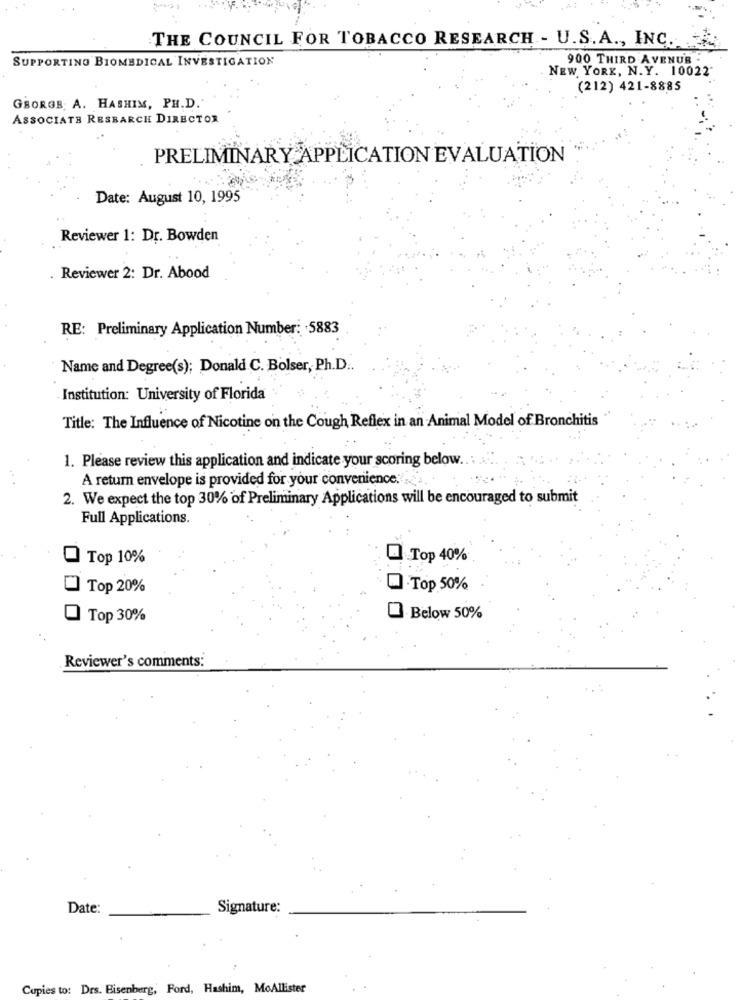
THE COUNCIL FOR TOBACCO RESEARCH - U.S. A ., INC ...
SUPPORTING BIOMEDICAL INVESTIGATION
900 THIRD AVENUR -
NEW YORK, N. Y. 10022"
(212) 421-8885
GBORGS A. HASHIM, PH.D."
ASSOCIATE RESEARCH DIRECTOR
PRELIMINARY APPLICATION EVALUATION
Date: August 10, 1995
Reviewer 1: Dr. Bowden
. Reviewer 2: Dr. Abood
RE: Preliminary Application Number: 5883
Name and Degree(s); Donald C. Bolser, Ph.D.
Institution: University of Florida
Title: The Influence of Nicotine on the Cough Reflex in an Animal Model of Bronchitis
1. Please review this application and indicate your scoring below ... ..... ..
A return envelope is provided for your convenience. ..
2. We expect the top 30% of Preliminary Applications will be encouraged to submit
Full Applications.
Top 10%
Top 40%
Top 20%
Top 50%
Top 30%
Below 50%
Reviewer's comments:
Date:
Signature:
Cupies to: Drs. Bisenberg, Ford, Hashim, MoAllister